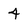
Character: 4